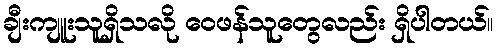
ချီးကျူးသူရှိသလို ဝေဖန်သူတွေလည်း ရှိပါတယ်။